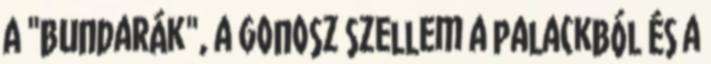
A "bundarák", a gonosz szellem a palackból és a